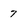
Character: 7